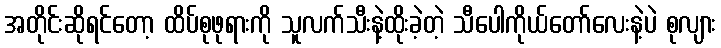
အတိုင်းဆိုရင်တော့ ထိပ်စုဖုရားကို သူလက်သီးနဲ့ထိုးခဲ့တဲ့ သီပေါကိုယ်တော်လေးနဲ့ပဲ စုလျား